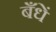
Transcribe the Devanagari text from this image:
बँधें